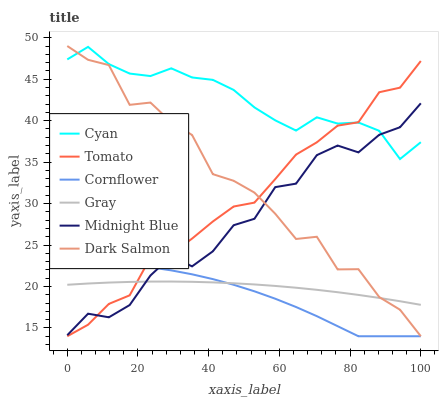
| xaxis_label | Cyan | Tomato | Cornflower | Gray | Midnight Blue | Dark Salmon |
 | --- | --- | --- | --- | --- | --- | --- |
 | 0 | 47.4 | 14 | 22.7 | 20.2 | 14.1 | 49 |
 | 5.88 | 48.9 | 15.4 | 22.8 | 20.4 | 16.7 | 47.3 |
 | 11.8 | 46.8 | 17.9 | 22.7 | 20.5 | 16.3 | 46.7 |
 | 17.6 | 45.7 | 18.9 | 22.6 | 20.6 | 17.8 | 41.9 |
 | 23.5 | 45.4 | 23.5 | 22.3 | 20.6 | 21.3 | 42.2 |
 | 29.4 | 46.3 | 23.9 | 21.9 | 20.6 | 23.6 | 39.8 |
 | 35.3 | 45.2 | 25.8 | 21.5 | 20.6 | 22.4 | 38.3 |
 | 41.2 | 44.9 | 27.8 | 20.9 | 20.5 | 24.2 | 33.5 |
 | 47.1 | 43.7 | 29.6 | 20.2 | 20.4 | 27.4 | 32.7 |
 | 52.9 | 41.6 | 30.1 | 19.4 | 20.2 | 28.2 | 31.3 |
 | 58.8 | 40 | 33 | 18.5 | 20.1 | 32 | 28.8 |
 | 64.7 | 38.8 | 35.9 | 17.5 | 19.9 | 32.4 | 25.7 |
 | 70.6 | 40.4 | 37.4 | 16.4 | 19.6 | 35.8 | 26 |
 | 76.5 | 39.6 | 39.4 | 15.2 | 19.3 | 37 | 22.1 |
 | 82.4 | 39.8 | 39.8 | 14 | 19 | 36.2 | 22.1 |
 | 88.2 | 38.8 | 43.4 | 14 | 18.6 | 38.3 | 18.7 |
 | 94.1 | 35.4 | 44 | 14 | 18.2 | 39.2 | 17.2 |
 | 100 | 37.4 | 47.2 | 14 | 17.8 | 42.1 | 14 |